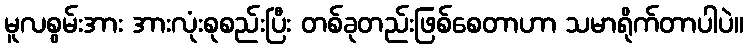
မူလစွမ်းအား အားလုံးစုစည်းပြီး တစ်ခုတည်းဖြစ်စေတာဟာ သမာရိုက်တာပါပဲ။